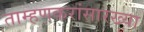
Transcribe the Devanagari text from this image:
ताम्हणकरांसारख्या